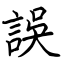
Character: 誤